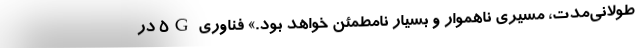
طولانی‌مدت، مسیری ناهموار و بسیار نامطمئن خواهد بود.» فناوری ۵G در